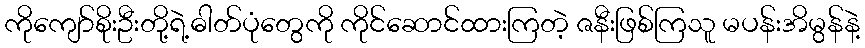
ကိုကျော်စိုးဦးတို့ရဲ့ဓါတ်ပုံတွေကို ကိုင်ဆောင်ထားကြတဲ့ ဇနီးဖြစ်ကြသူ မပန်းအိမွန်နဲ့